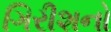
ગિરીશનો